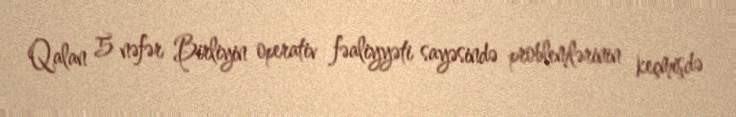
Qalan 5 nəfər Birliyin operativ fəaliyyəti sayəsində problemlərinin keçmişdə